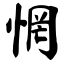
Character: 惘